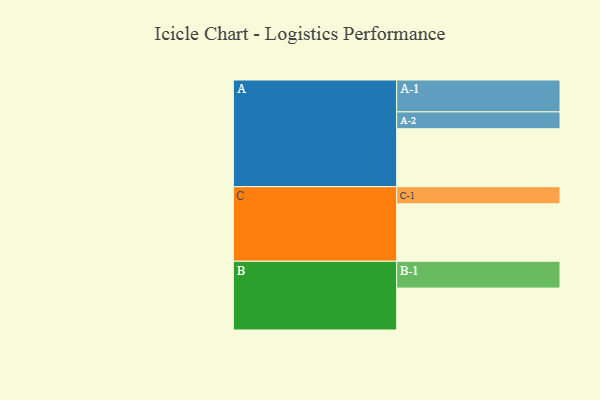
{"axis": {"x": "Segment", "y": "Value"}, "legend": ["", "A", "B", "C"], "data": [{"x": "A", "y": 467, "type": ""}, {"x": "B", "y": 338, "type": ""}, {"x": "C", "y": 463, "type": ""}, {"x": "A-1", "y": 257, "type": "A"}, {"x": "A-2", "y": 136, "type": "A"}, {"x": "B-1", "y": 216, "type": "B"}, {"x": "C-1", "y": 138, "type": "C"}]}